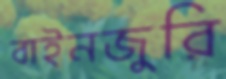
বাইনজুরি